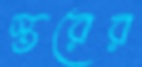
স্তরের